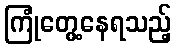
ကြုံတွေ့နေရသည့်